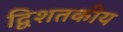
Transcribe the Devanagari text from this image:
द्विशतकीय